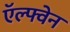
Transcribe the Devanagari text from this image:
ऍल्फ्वेन